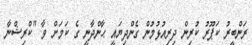
ރަންބީރު ކަޕޫރު ކުރިން ދިރިއުޅުމުން ގެންދިޔައީ ޙާންދާނީ ގެ ކަމަށް ވާ "ކްރިޝްނާ